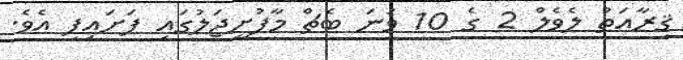
ޤިރާއަތު ލެވެލް 2 ގެ 10 ވަނަ ބެޗް މާފުށީޖަލުގައި ފަށައިފި އެވެ.